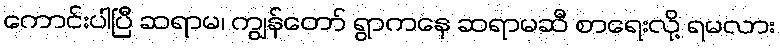
ကောင်းပါပြီ ဆရာမ၊ ကျွန်တော် ရွာကနေ ဆရာမဆီ စာရေးလို့ ရမလား